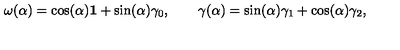
{ \bf \omega } ( \alpha ) = \cos ( \alpha ) { \bf 1 } + \sin ( \alpha ) { \bf \gamma } _ { 0 } , \qquad { \bf \gamma } ( \alpha ) = \sin ( \alpha ) { \bf \gamma } _ { 1 } + \cos ( \alpha ) { \bf \gamma } _ { 2 } ,